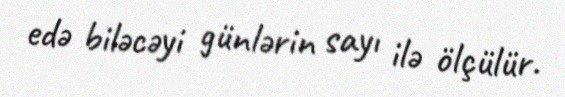
edə biləcəyi günlərin sayı ilə ölçülür.